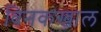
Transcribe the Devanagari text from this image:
विनकखाल